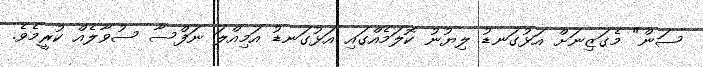
ސަން" މެގަޒިނަށް އަޅުގަނޑު ލިޔުނު ކޮލަމެއްގައި އަޅުގަނޑު އަމިއްލަ ނަފްސާ ސުވާލެއް ކުރީމެވެ.